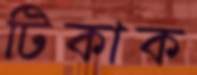
টিকাক